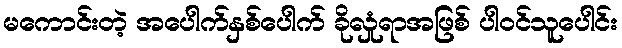
မကောင်းတဲ့ အပေါက်နှစ်ပေါက် ခိုလှုံရာအဖြစ် ပါဝင်သူပေါင်း